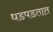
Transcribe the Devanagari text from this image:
धडपडतात